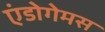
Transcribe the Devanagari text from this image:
एंडोगेमस